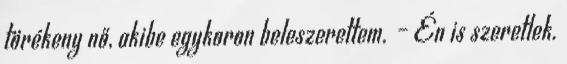
törékeny nő, akibe egykoron beleszerettem. – Én is szeretlek.